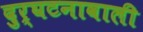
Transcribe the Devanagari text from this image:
दुर्घटनावाली